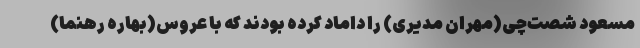
مسعود شصت‌چی(مهران مدیری) را داماد کرده بودند که با عروس(بهاره رهنما)